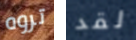
تروه لقد